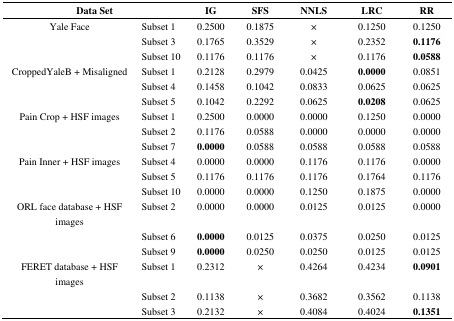
<table><thead><tr><td colspan="2"><b>Data Set</b></td><td><b>IG</b></td><td><b>SFS</b></td><td><b>NNLS</b></td><td><b>LRC</b></td><td><b>RR</b></td></tr></thead><tbody><tr><td rowspan="3">Yale Face</td><td>Subset 1</td><td>0.2500</td><td>0.1875</td><td>×</td><td>0.1250</td><td>0.1250</td></tr><tr><td>Subset 3</td><td>0.1765</td><td>0.3529</td><td>×</td><td>0.2352</td><td><b>0.1176</b></td></tr><tr><td>Subset 10</td><td>0.1176</td><td>0.1176</td><td>×</td><td>0.1176</td><td><b>0.0588</b></td></tr><tr><td rowspan="3">CroppedYaleB + Misaligned</td><td>Subset 1</td><td>0.2128</td><td>0.2979</td><td>0.0425</td><td><b>0.0000</b></td><td>0.0851</td></tr><tr><td>Subset 4</td><td>0.1458</td><td>0.1042</td><td>0.0833</td><td>0.0625</td><td>0.0625</td></tr><tr><td>Subset 5</td><td>0.1042</td><td>0.2292</td><td>0.0625</td><td><b>0.0208</b></td><td>0.0625</td></tr><tr><td rowspan="3">Pain Crop + HSF images</td><td>Subset 1</td><td>0.2500</td><td>0.0000</td><td>0.0000</td><td>0.1250</td><td>0.0000</td></tr><tr><td>Subset 2</td><td>0.1176</td><td>0.0588</td><td>0.0000</td><td>0.0000</td><td>0.0000</td></tr><tr><td>Subset 7</td><td><b>0.0000</b></td><td>0.0588</td><td>0.0588</td><td>0.0588</td><td>0.0588</td></tr><tr><td rowspan="3">Pain Inner + HSF images</td><td>Subset 4</td><td>0.0000</td><td>0.0000</td><td>0.1176</td><td>0.1176</td><td>0.0000</td></tr><tr><td>Subset 5</td><td>0.1176</td><td>0.1176</td><td>0.1176</td><td>0.1764</td><td>0.1176</td></tr><tr><td>Subset 10</td><td>0.0000</td><td>0.0000</td><td>0.1250</td><td>0.1875</td><td>0.0000</td></tr><tr><td rowspan="3">ORL face database + HSF images</td><td>Subset 2</td><td>0.0000</td><td>0.0000</td><td>0.0125</td><td>0.0125</td><td>0.0000</td></tr><tr><td>Subset 6</td><td><b>0.0000</b></td><td>0.0125</td><td>0.0375</td><td>0.0250</td><td>0.0125</td></tr><tr><td>Subset 9</td><td><b>0.0000</b></td><td>0.0250</td><td>0.0250</td><td>0.0125</td><td>0.0125</td></tr><tr><td rowspan="3">FERET database + HSF images</td><td>Subset 1</td><td>0.2312</td><td>×</td><td>0.4264</td><td>0.4234</td><td><b>0.0901</b></td></tr><tr><td>Subset 2</td><td>0.1138</td><td>×</td><td>0.3682</td><td>0.3562</td><td>0.1138</td></tr><tr><td>Subset 3</td><td>0.2132</td><td>×</td><td>0.4084</td><td>0.4024</td><td><b>0.1351</b></td></tr></tbody></table>